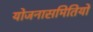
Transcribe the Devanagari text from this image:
योजनासमितियों